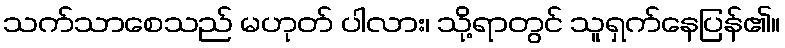
သက်သာစေသည် မဟုတ် ပါလား၊ သို့ရာတွင် သူရှက်နေပြန်၏။